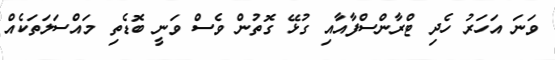
ވަނަ އަހަރު ހެދި ޓްރާންސްފާއާއި ގުޅޭ ގޮތުން ވެސް ވަނީ ބޮޑެތި މައްސަލަތަކެއް